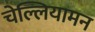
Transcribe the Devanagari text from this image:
चेल्लियामन